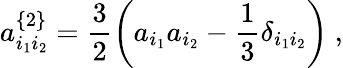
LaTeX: a_{i_{1}i_{2}}^{\{ 2\} }=\frac{3}{2}\left(a_{i_{1}}a_{i_{2}}-\frac{1}{3}\delta_{i_{1}i_{2}}\right)\ ,